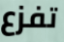
تفزع